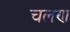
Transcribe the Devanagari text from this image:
चलण